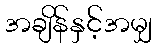
အချိန်နှင့်အမျှ